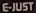
E-JUST